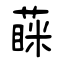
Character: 蔝